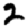
Digit: 2